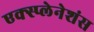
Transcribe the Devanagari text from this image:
एक्स्प्लेनेशंस